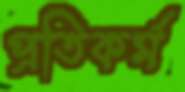
প্রতিকর্ম